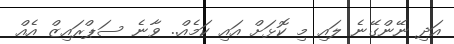
އަދި ނޭންގޭނެ ލައި މި ކޮޅަށް އައި ކަމެއް.. ވާނެ ސަޕްރައިޒް އެއް